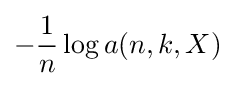
-{\frac {1}{n}}\log a(n,k,X)